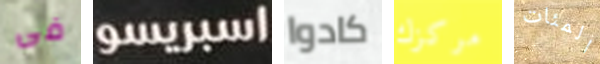
فى اسبريسو كادوا مركزك المئات